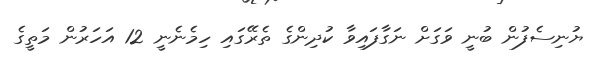
ޔުނިސެފުން ބުނީ ވަގަށް ނަގާފައިވާ ކުދިންގެ ތެރޭގައި ހިމެނެނީ 12 އަހަރުން މަތީގެ